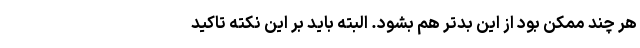
هر چند ممکن بود از این بدتر هم بشود. البته باید بر این نکته تاکید